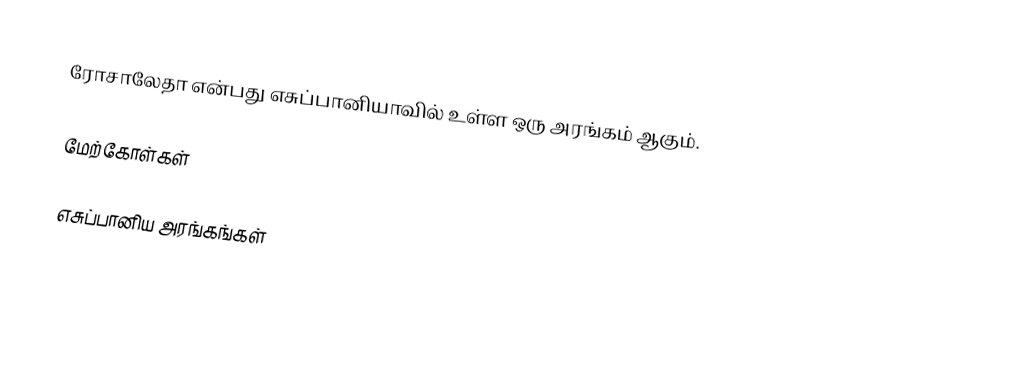
ரோசாலேதா என்பது எசுப்பானியாவில் உள்ள ஒரு அரங்கம் ஆகும்.

மேற்கோள்கள்

எசுப்பானிய அரங்கங்கள்